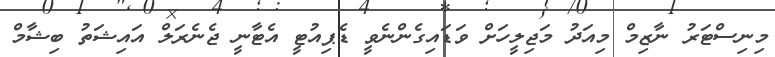
މިނިސްޓަރު ނާޒިމް މިއަދު މަޖިލީހަށް ވަޑައިގެންނެވީ ޑެޕިއުޓީ އެޓާނީ ޖެނެރަލް އައިޝަތު ބިޝާމް